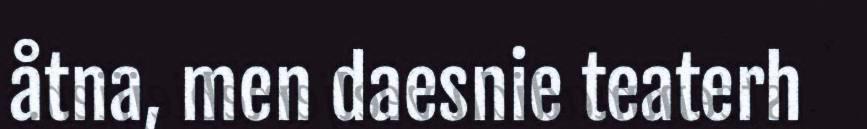
åtna, men daesnie teaterh